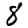
Digit: 8